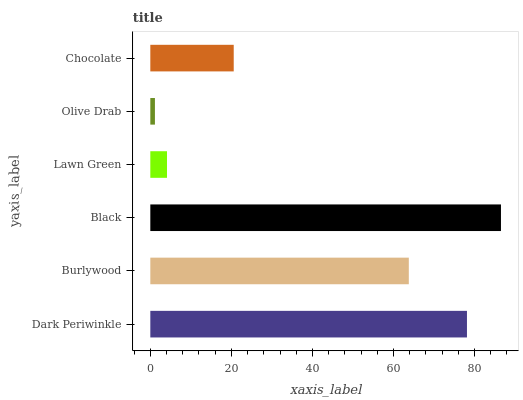
| yaxis_label | bars |
 | --- | --- |
 | Dark Periwinkle | 78.1 |
 | Burlywood | 63.8 |
 | Black | 86.5 |
 | Lawn Green | 4.12 |
 | Olive Drab | 1.14 |
 | Chocolate | 20.6 |